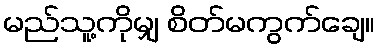
မည်သူ့ကိုမျှ စိတ်မကွက်ချေ။